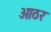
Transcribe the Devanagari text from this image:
आठर